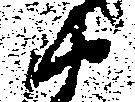
衛